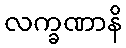
လက္ခဏာနိ